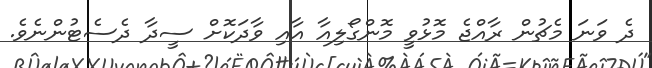
ދެ ވަނަ މެޗުން ރާއްޖެ މޮޅުވީ މޮންގޯލިއާ އާއި ވާދަކޮށް ސީދާ ދެސެޓުންނެވެ.